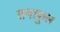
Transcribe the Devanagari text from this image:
तगाफ़ुल